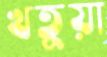
খতুয়া